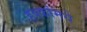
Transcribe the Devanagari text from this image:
हक्कांमधे